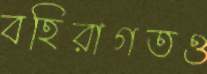
বহিরাগতও